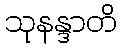
သုနန္ဒာတိ